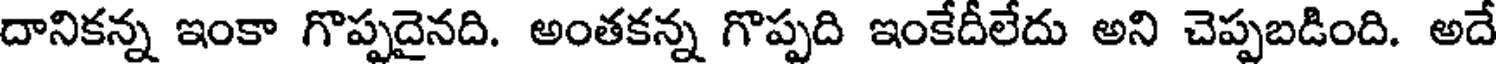
దానికన్న ఇంకా గొప్పదైనది. అంతకన్న గొప్పది ఇంకేదీలేదు అని చెప్పబడింది. అదే